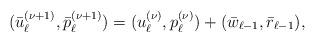
LaTeX: \begin{align*} (\bar{u}_\ell^{(\nu+1)},\bar{p}_\ell^{(\nu+1)}) = (u_\ell^{(\nu)},p_\ell^{(\nu)}) + (\bar{w}_{\ell-1},\bar{r}_{\ell-1}),\end{align*}